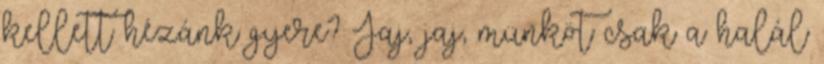
kellett hézánk gyere? Jaj, jaj, münköt csak a halál